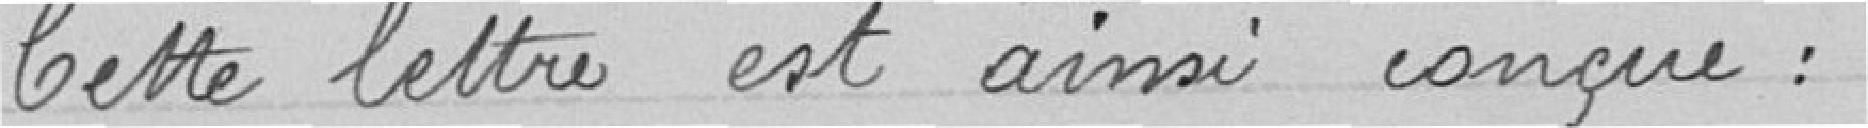
Cette lettre est ainsi conçue :